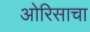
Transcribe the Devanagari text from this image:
ओरिसाचा